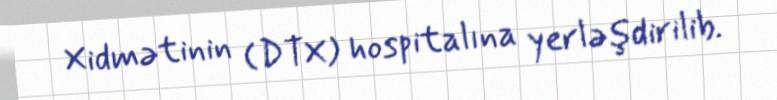
Xidmətinin (DTX) hospitalına yerləşdirilib.